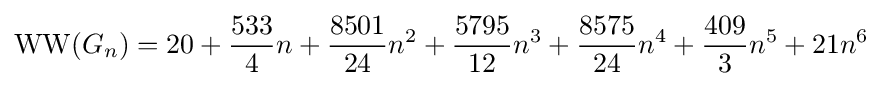
\operatorname {WW} (G_{n})=20+{\frac {533}{4}}n+{\frac {8501}{24}}n^{2}+{\frac {5795}{12}}n^{3}+{\frac {8575}{24}}n^{4}+{\frac {409}{3}}n^{5}+21n^{6}